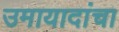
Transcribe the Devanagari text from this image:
उमायादांचा